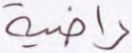
راضية